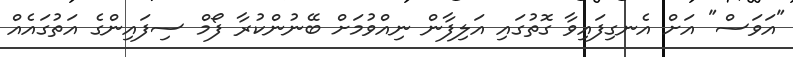
"އަވަސް" އަށް އެނގިފައިވާ ގޮތުގައި އަލިފާން ނިއްވުމަށް ބޭނުންކުރާ ފޯމް ސިފައިންގެ އަތުގައެއް